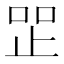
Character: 𰙧